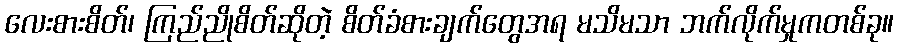
လေးစားစိတ်၊ ကြည်ညိုစိတ်ဆိုတဲ့ စိတ်ခံစားချက်တွေအရ မသိမသာ ဘက်လိုက်မှုကတစ်ခု။